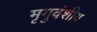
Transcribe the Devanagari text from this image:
मृगुवंशीय